Vaccination in the Punjab 1883-1896 - 1883-1896
Year: 1883
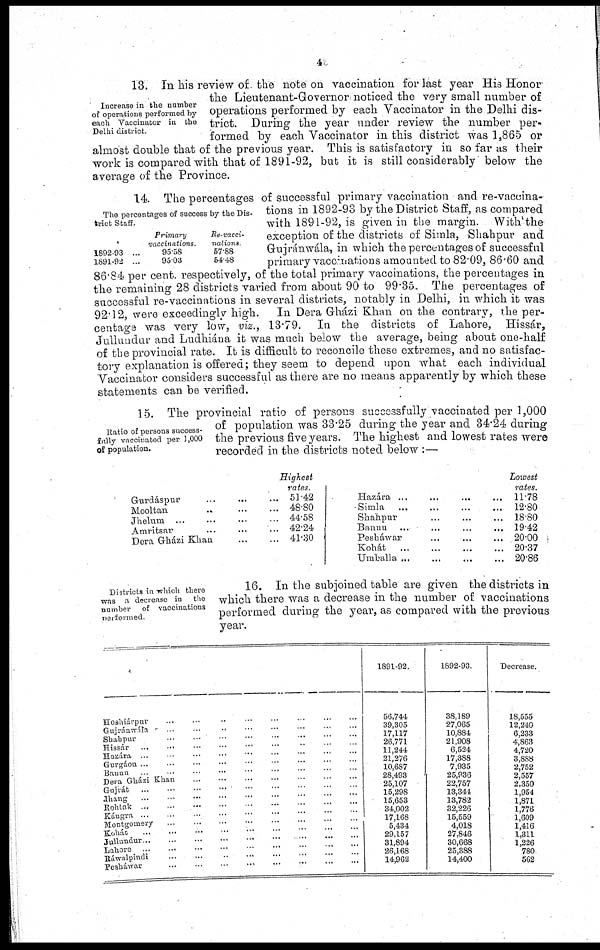
4
Increase in the number
of operations performed by-
each Vaccinator in the
Delhi district.
13. In his review of. the note on vaccination for last year His Honor
the Lieutenant-Governor: noticed the very small number of
operations performed by each Vaccinator in the Delhi dis-
trict. During the year under review the number per-
formed by each Vaccinator in this district was 1,865 or
almost double that of the previous year. This is satisfactory in so far as their
work is compared with that of 1891-92, but it is still considerably below the
average of the Province.
The percentages of success by the Dis-
trict Staff.
1892-93 ...
1891-92 ...
Primary
vaccinations.
95.58
95.03
Re-vacci-
nations.
57.88
54.48
14. The percentages of successful primary vaccination and re-vaccina-
tions in 1892-93 by the District Staff, as compared
with 1891-92, is given in the margin. With the
exception of the districts of Simla, Shahpur and
Gujránwála, in which the percentages of successful
primary vaccinations amounted to 82.09, 86.60 and
86.84 per cent. respectively, of the total primary vaccinations, the percentages in
the remaining 28 districts varied from about 90 to 99.35. The percentages of
successful re-vaccinations in several districts, notably in Delhi, in which it was
92.12, were exceedingly high. In Dera Gházi Khan on the contrary, the per-
centage was very low, viz., 13.79. In the districts of Lahore, Hissár,
Jullundur and Ludhiána it was much below the average, being about one-half
of the provincial rate. It is difficult to reconcile these extremes, and no satisfac-
tory explanation is offered; they seem to depend upon what each individual
Vaccinator considers successful as there are no means apparently by which these
statements can be verified.
;
Ratio of persons success-
fully vaccinated per 1,000
of population.
15. The provincial ratio of persons successfully vaccinated per 1,000
of population was 33.25 during the year and 34.24 during
the previous five years. The highest and lowest rates were
recorded in the districts noted below :—
Gurdáspur
...
...
...
Mooltan ... ... ...
Jhelum ... ... ... ...
Amritsar ... ... ...
Dera Grházi Khan
...
...
Highest
rates.
51.42
48.80
44.58
42.24
41.30
Hazára ... ... ... ...
Simla ... ... ... ...
Shahpur ... ... ...
Bannu ... ... ... ...
Peshawar ... ... ...
Kohát ... ... ... ...
Umhalla ... ...
Lowest
rates.
11.78
12.80
18.80
19.42
20.00
20.37
20.86
Districts in which there
was a decrease in the
number of vaccinations
performed.
16. In the subjoined table are given the districts in
which there was a decrease in the number of vaccinations
performed during the year, as compared with the previous
year.
Hoshiárpur ... ... ... ... ... ... ... ...
Gujráwála ... ... ... ... ... ... ... ...
Shahpur
...
...
...
...
...
...
...
...
Hissár
...
...
...
...
...
...
...
...
...
Hazára ... ... ... ... ... ... ... ...
Gurgáon
...
...
...
...
...
...
...
...
Bannu ... ... ... ... ... ... ... ...
Dera Gházi Khan ... ... ... ... ... ... ...
Gujiát
...
...
...
...
...
...
...
...
...
Jhang
...
...
...
...
...
...
...
...
...
Rohtak
...
...
...
...
...
...
...
...
...
Kángra
...
...
...
...
...
...
...
...
...
Montgomery ... ... ... ... ... ... ... ...
Kohát
...
...
...
...
...
...
...
...
...
Jullutidur
...
...
...
...
...
...
...
...
...
Lahore ... ... ... ... ... ... ... ... ...
Ráwalpindi
...
...
...
...
...
...
...
...
...
Pesháwar ... ... ... ... ... ... ... ...
1891-92.
56,744
39,305
17,117
26,771
11,244
21,276
10,687
28,493
25,107
15,298
15,653
34,002
17,168
5,434
29,157
31,894
26,168
14,962
1892-93.
38,189
27,065
10,884
21,908
6,524
17,388
7,935
25,936
22,757
13,344
13,782
32,226
15,559
4,018
27,846
30,668
25,388
14,400
Decrease.
18,555
12,240
6,233
4,863
4,720
3,888
2,752
2,557
2,350
1,954
1,871
1,776
1,609
1,416
1,311
1,226
780
562